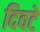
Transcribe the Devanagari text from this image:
दिवटे